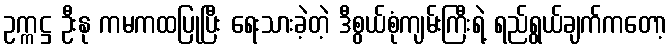
ဥက္ကဋ္ဌ ဦးနု ကမကထပြုပြီး ရေးသားခဲ့တဲ့ ဒီစွယ်စုံကျမ်းကြီးရဲ့ ရည်ရွယ်ချက်ကတော့